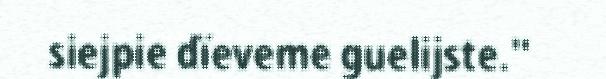
siejpie dïeveme guelijste."